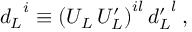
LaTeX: { d _ { L } } ^ { i } \equiv \left( U _ { L } \, U _ { L } ^ { \prime } \right) ^ { i l } { d _ { L } ^ { \prime } } ^ { l } \: ,